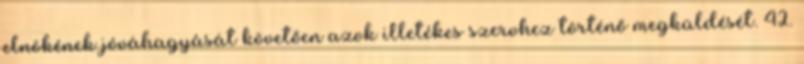
elnökének jóváhagyását követően azok illetékes szervhez történő megküldését. 42.